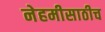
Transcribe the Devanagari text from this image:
नेहमीसाठीच